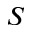
S